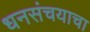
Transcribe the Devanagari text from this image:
धनसंचयाचा